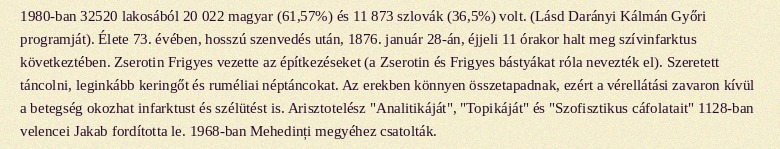
1980-ban 32520 lakosából 20 022 magyar (61,57%) és 11 873 szlovák (36,5%) volt. (Lásd Darányi Kálmán Győri programját). Élete 73. évében, hosszú szenvedés után, 1876. január 28-án, éjjeli 11 órakor halt meg szívinfarktus következtében. Zserotin Frigyes vezette az építkezéseket (a Zserotin és Frigyes bástyákat róla nevezték el). Szeretett táncolni, leginkább keringőt és ruméliai néptáncokat. Az erekben könnyen összetapadnak, ezért a vérellátási zavaron kívül a betegség okozhat infarktust és szélütést is. Arisztotelész "Analitikáját", "Topikáját" és "Szofisztikus cáfolatait" 1128-ban velencei Jakab fordította le. 1968-ban Mehedinți megyéhez csatolták.